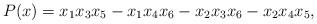
LaTeX: \begin{align*}P(x) & = x_{1}x_{3}x_{5} - x_{1}x_{4}x_{6} - x_{2}x_{3}x_{6} - x_{2}x_{4}x_{5} ,\end{align*}